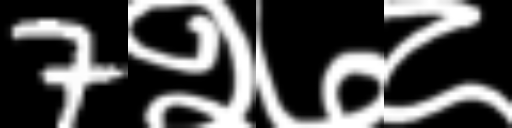
Text: 7२७८